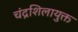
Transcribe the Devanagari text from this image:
चंद्रशिलायुक्त